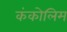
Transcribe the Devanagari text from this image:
कंकोलिम